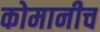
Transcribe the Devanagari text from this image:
कोमानीच